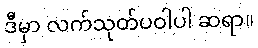
ဒီမှာ လက်သုတ်ပဝါပါ ဆရာ။